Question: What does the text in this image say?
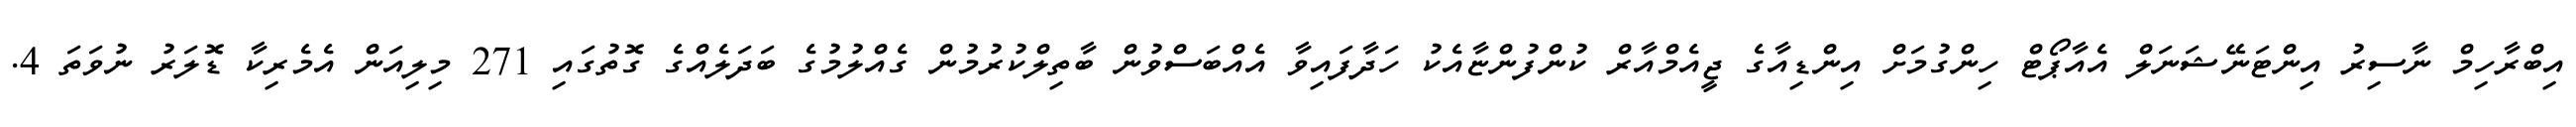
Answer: އިބްރާހިމް ނާސިރު އިންޓަނޭޝަނަލް އެއާޕޯޓް ހިންގުމަށް އިންޑިއާގެ ޖީއެމްއާރް ކުންފުންޏާއެކު ހަދާފައިވާ އެއްބަސްވުން ބާތިލްކުރުމުން ގެއްލުމުގެ ބަދަލެއްގެ ގޮތުގައި 271 މިލިއަން އެމެރިކާ ޑޮލަރު ނުވަތަ 4.